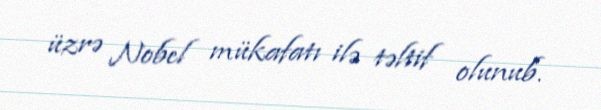
üzrə Nobel mükafatı ilə təltif olunub.